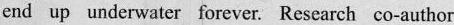
end up underwater forever. Research co-author